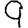
Digit: 9